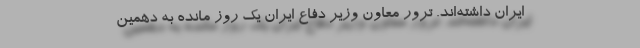
ایران داشته‌اند. ترور معاون وزیر دفاع ایران یک روز مانده به دهمین